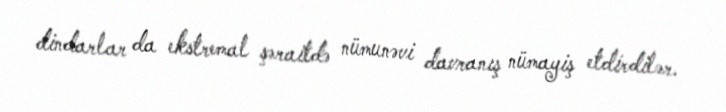
dindarlar da ekstremal şəraitdə nümunəvi davranış nümayiş etdirdilər.